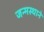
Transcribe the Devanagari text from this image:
जन्मस्थाने